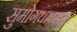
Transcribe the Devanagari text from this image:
सुमोगधावदान